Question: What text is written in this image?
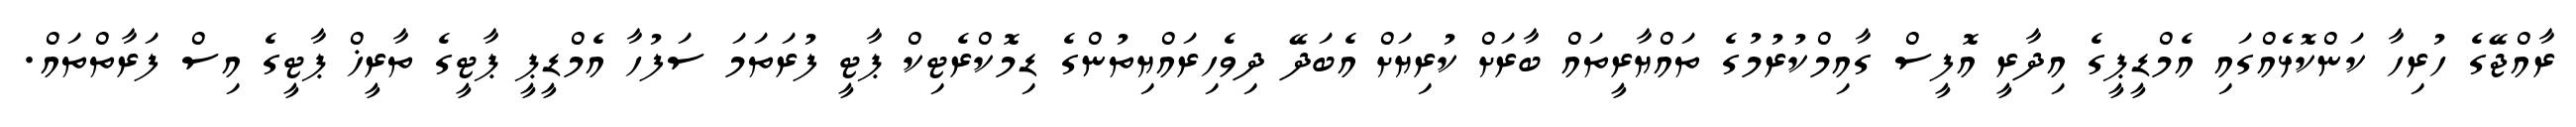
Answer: ރާއްޖޭގެ ހުރިހާ ކަންކޮޅެއްގައި އެމްޑީޕީގެ އިދާރީ އޮފީސް ގާއިމްކުރުމުގެ ތައްޔާރީތައް ބާރަށް ކުރިޔަށް އެބަދޭ ދިވެހިރައްޔިތުންގެ ޑިމޮކްރެޓިކް ޕާޓީ ފުރަތަމަ ސަފުހާ އެމްޑީޕީ ޕާޓީގެ ތާރީޚް ޕާޓީގެ އިސް ފަރާތްތައް.